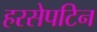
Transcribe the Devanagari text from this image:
हरसेपटिन